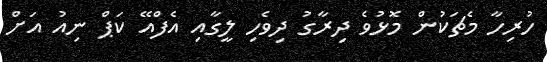
ހުރިހާ މެޗަކުން މޮޅުވެ ދިރާގު ދިވެހި ލީގާއި އެފްއޭ ކަޕް ނިއު އަށް